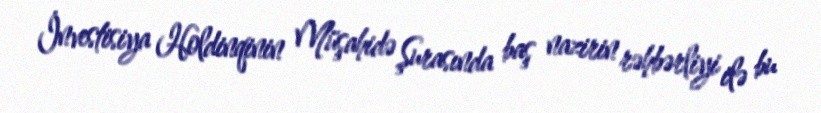
İnvestisiya Holdinqinin Müşahidə Şurasında baş nazirin rəhbərliyi ilə bu